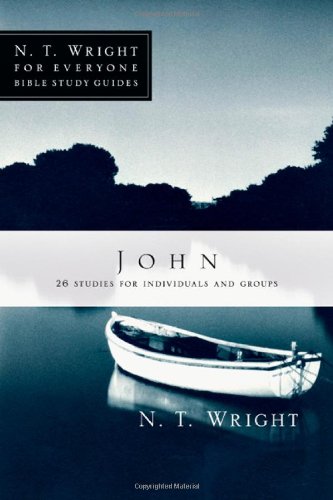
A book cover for John (N. T. Wright for Everyone Bible Study Guides); N. T. Wright; Christian Books & Bibles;